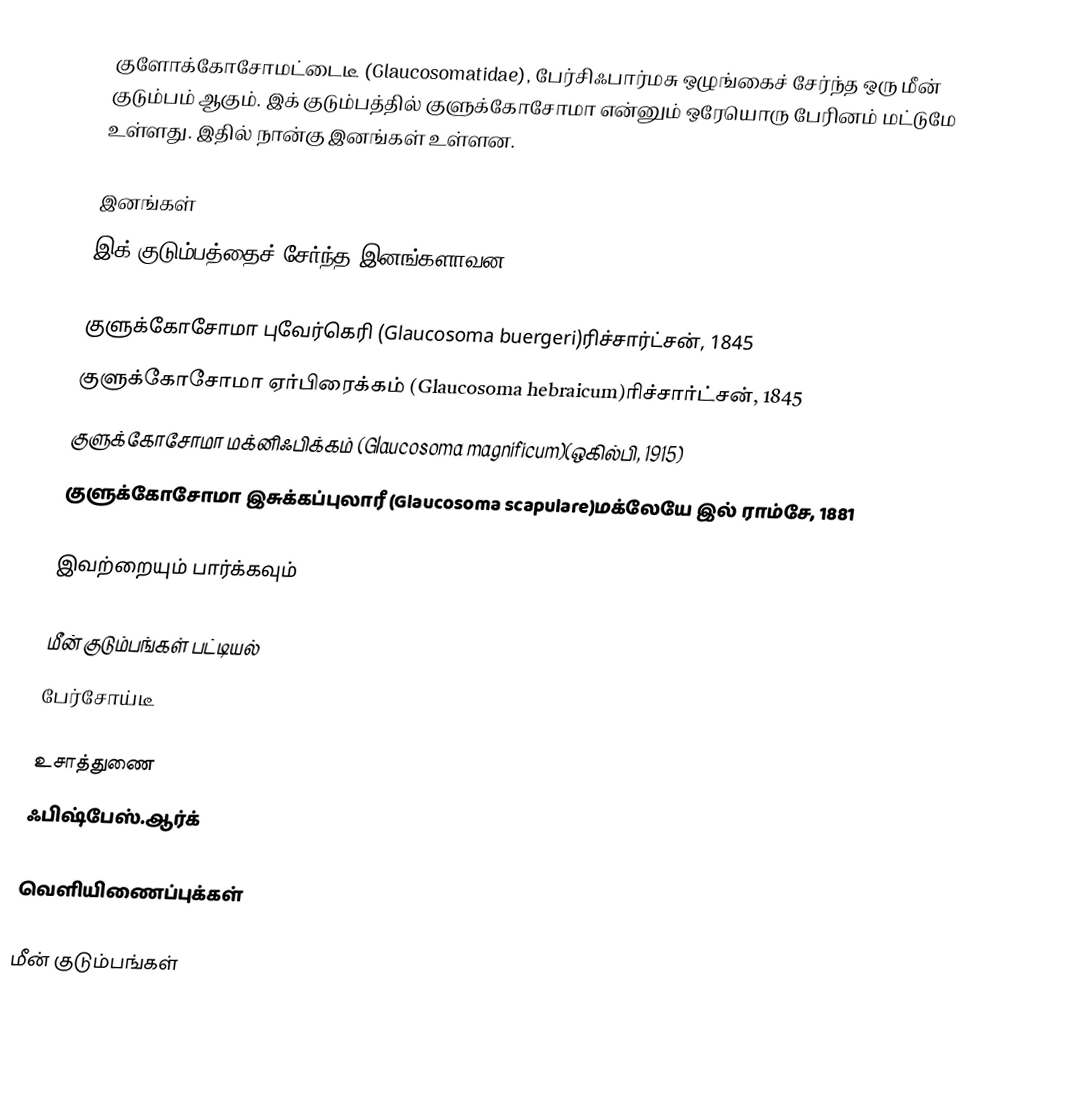
குளோக்கோசோமட்டைடீ (Glaucosomatidae), பேர்சிஃபார்மசு ஒழுங்கைச் சேர்ந்த ஒரு மீன் குடும்பம் ஆகும். இக் குடும்பத்தில் குளுக்கோசோமா என்னும் ஒரேயொரு பேரினம் மட்டுமே உள்ளது. இதில் நான்கு இனங்கள் உள்ளன.

இனங்கள்
இக் குடும்பத்தைச் சேர்ந்த இனங்களாவன:

 குளுக்கோசோமா புவேர்கெரி (Glaucosoma buergeri)ரிச்சார்ட்சன், 1845
 குளுக்கோசோமா ஏர்பிரைக்கம் (Glaucosoma hebraicum)ரிச்சார்ட்சன், 1845
 குளுக்கோசோமா மக்னிஃபிக்கம் (Glaucosoma magnificum)(ஒகில்பி, 1915)
 குளுக்கோசோமா இசுக்கப்புலாரீ (Glaucosoma scapulare)மக்லேயே இல் ராம்சே, 1881

இவற்றையும் பார்க்கவும்

 மீன் குடும்பங்கள் பட்டியல்
 பேர்சோய்டீ

உசாத்துணை
 ஃபிஷ்பேஸ்.ஆர்க்

வெளியிணைப்புக்கள்

மீன் குடும்பங்கள்